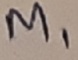
Text: M1